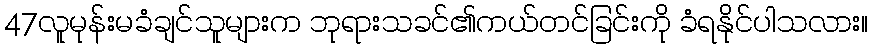
47လူမုန်းမခံချင်သူများက ဘုရားသခင်၏ကယ်တင်ခြင်းကို ခံရနိုင်ပါသလား။